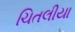
ચિતલીયા